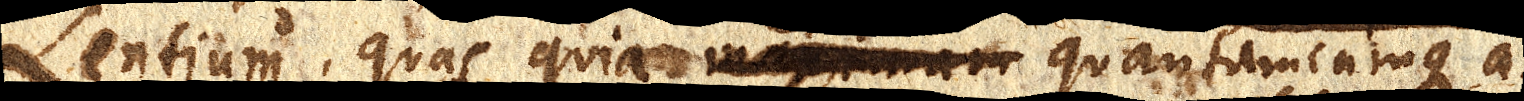
Lentium, quas quia maximam quantamcumque a-